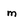
Character: m